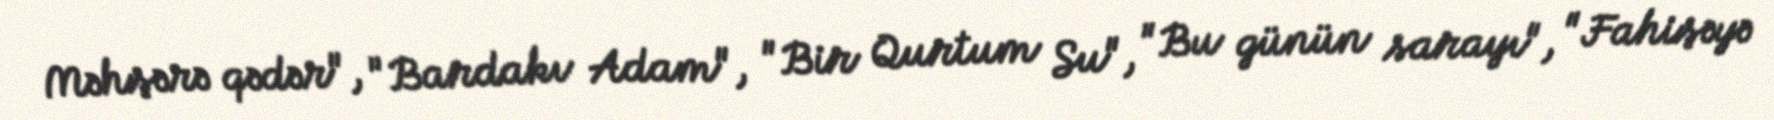
Məhşərə qədər", "Bardakı Adam", "Bir Qurtum Su", "Bu günün sarayı", "Fahişəyə